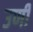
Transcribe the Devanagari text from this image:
उणीं